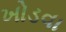
ખોડવા